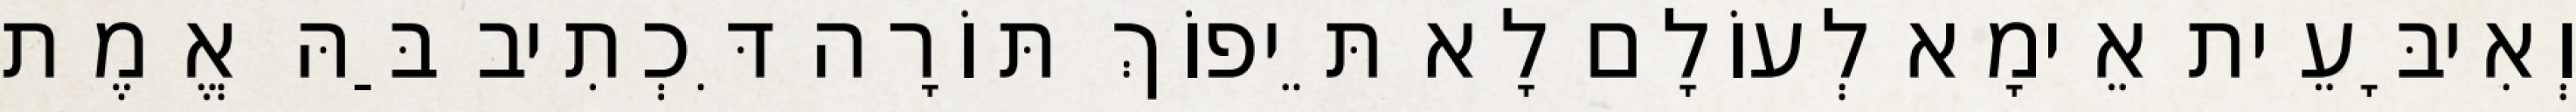
וְאִיבָּעֵית אֵימָא לְעוֹלָם לָא תֵּיפוֹךְ תּוֹרָה דִּכְתִיב בַּהּ אֱמֶת